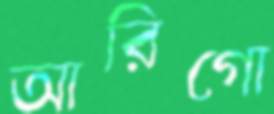
আরিগো